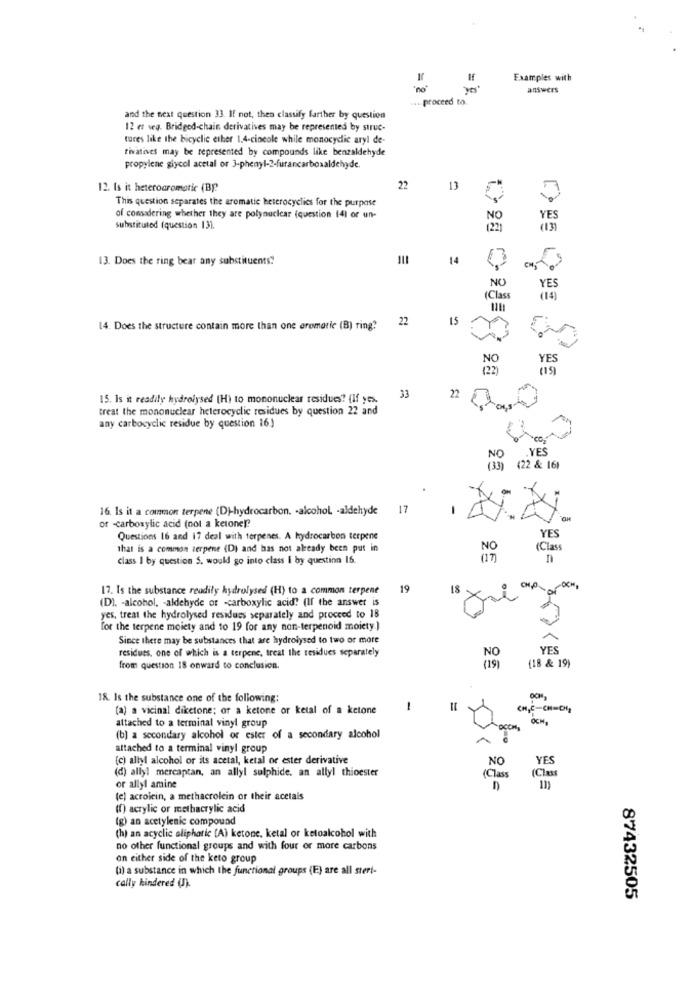
If
Examples with
"no"
answers
... proceed to.
and the next question 33. If not, then classify further by question
12 et veg. Bridged-chain derivatives may be represented by struc-
tures like the bicyclic ether 1.4-cincole while monocydic aryl de-
tivatives may be represented by compounds like benzaldehyde
propylene glycol acetal or 3-phenyl-2-furancarboxaldehyde.
12. Is it heteroaromatic (BP
22
13
This question separates the aromatic heterocyclics for the purpose
of considering whether they are polynuclear (question 14) or un-
YES
substituted (question 131.
(22)
(13)
F
13. Does the ring bear any substituents.
14
NO
YES
(Class
(14)
22
15
14. Does the structure contain more than one aromatic (B) ring?
YES
33
15. Is it readily hydrolysed (H) to mononuclear residues? (If yes.
22
treat the mononuclear heterocyclic residues by question 22 and
any carbocyclic residue by question 16)
CO
.YES
(3)
(22 & 161
16. Is it a common terpene (D)-hydrocarbon. - alcohol, - aldehyde
17
of -carboxylic acid (not a ketone!"
YES
Questions 16 and 17 deal with terpenes. A hydrocarbon terpene
that is a common terpene (D) and has not already been put in
NO
(Class
class I by question 5. would go into class I by question 16.
(17)
17. Is the substance readily hydrolysed (H) to a common terpene
19
18
(D). - alcohol, - aldehyde of -carboxylic acid! (If the answer is
yes, treat the hydrolysed residues separately and proceed to 18
for the terpene moiety and to 19 for any non-terpenoid moiety.]
Since there may be substances that are hydrolysed to two or more
1
residues, one of which is a terpene, treat the residues separately
YES
NO
(18 & 19)
from question 18 onward to conclusion.
18. Is the substance one of the following:
(a) a vicinal diketone; of a ketone or ketal of a ketone
1
attached to a terminal vinyl group
(b) a secondary alcohol or ester of a secondary alcohol
attached to a terminal vinyl group
(c) allyl alcohol or its acetal, ketal or ester derivative
NO
YES
(d) ally! mercaptan, an allyl sulphide. an allyl thioester
(Class
(Class
or allyl amine
(e) acrolein, a methacrolein or their acetals
(1) acrylic or methacrylic acid
(g) an acetylenic compound
(h) an acyclic aliphatic (A) ketone, ketal or ketoalcohol with
no other functional groups and with four or more carbons
on either side of the keto group
(i) a substance in which the functional groups (E) are all stert-
cally hindered (J).
87432505